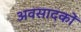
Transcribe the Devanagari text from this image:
अवसादकों